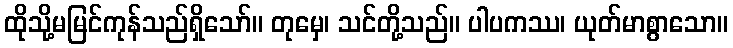
ထိုသို့မမြင်ကုန်သည်ရှိသော်။ တုမှေ၊ သင်တို့သည်။ ပါပကဿ၊ ယုတ်မာစွာသော။